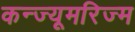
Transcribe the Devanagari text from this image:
कन्ज्यूमरिज्म